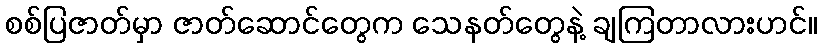
စစ်ပြဇာတ်မှာ ဇာတ်ဆောင်တွေက သေနတ်တွေနဲ့ ချကြတာလားဟင်။